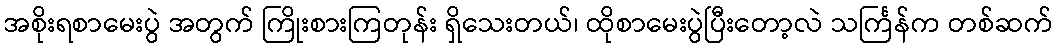
အစိုးရစာမေးပွဲ အတွက် ကြိုးစားကြတုန်း ရှိသေးတယ်၊ ထိုစာမေးပွဲပြီးတော့လဲ သင်္ကြန်က တစ်ဆက်